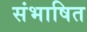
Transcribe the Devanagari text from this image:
संभाषित